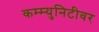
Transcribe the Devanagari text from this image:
कम्म्युनिटीवर